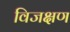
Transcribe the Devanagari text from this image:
विजक्षण